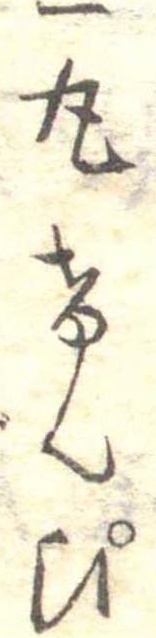
一丸けんぴ